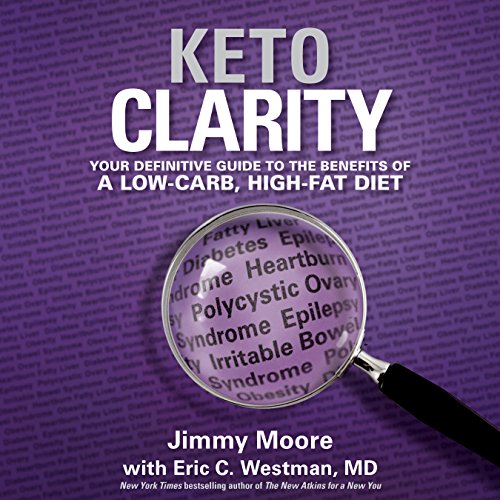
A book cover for Keto Clarity: Your Definitive Guide to the Benefits of a Low-Carb, High-Fat Diet; MD Eric C. Westman; Health, Fitness & Dieting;